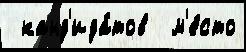
 канд'ида́тов  м'е́сто